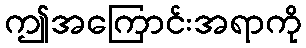
ဤအကြောင်းအရာကို